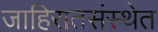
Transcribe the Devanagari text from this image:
जाहिरातसंस्थेत